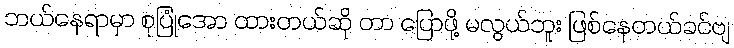
ဘယ်နေရာမှာ စုပြုံအော ထားတယ်ဆို တာ ပြောဖို့ မလွယ်ဘူး ဖြစ်နေတယ်ခင်ဗျ